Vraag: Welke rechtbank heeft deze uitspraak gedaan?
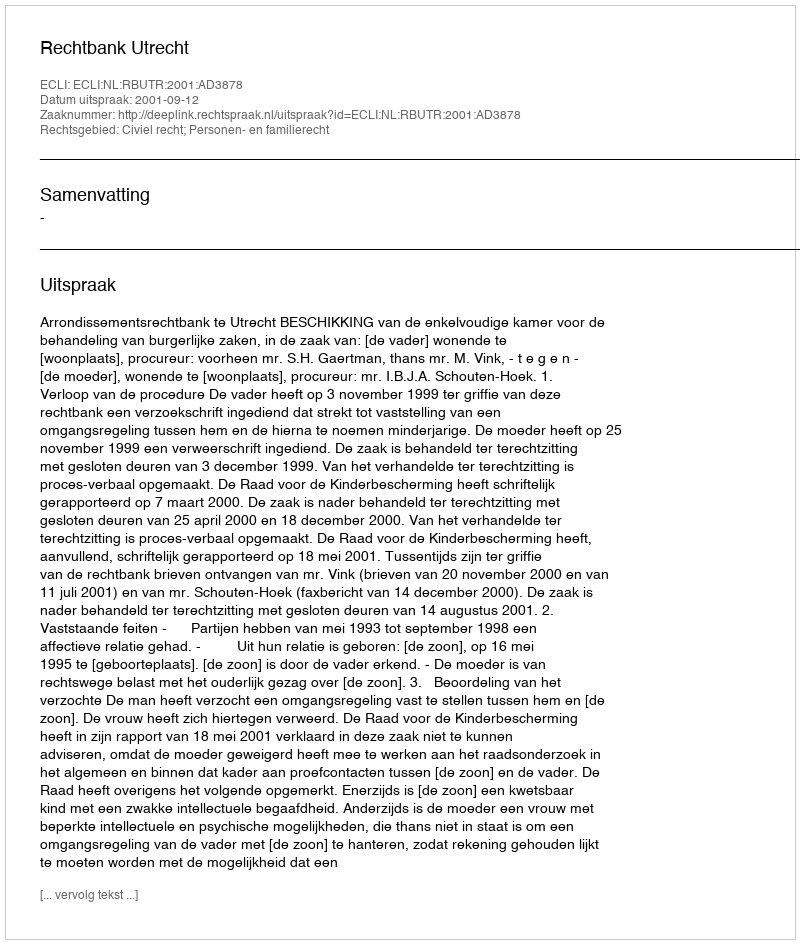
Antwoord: Rechtbank Utrecht